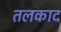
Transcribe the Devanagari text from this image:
तलकाद